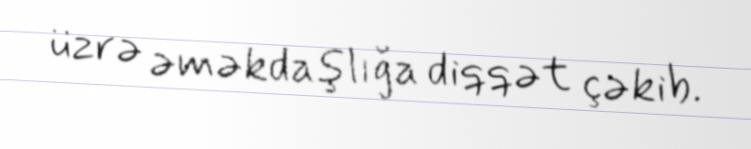
üzrə əməkdaşlığa diqqət çəkib.